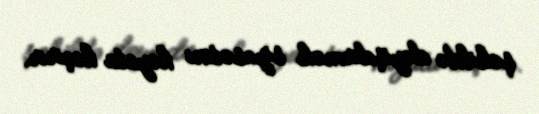
şəkildə dəyişdirmək siyasətini həyata keçirir.